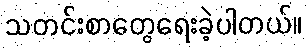
သတင်းစာတွေရေးခဲ့ပါတယ်။